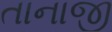
તાનાજી